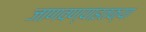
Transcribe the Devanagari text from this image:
जाणवण्याइतक्या